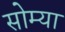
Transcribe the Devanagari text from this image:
सोम्या